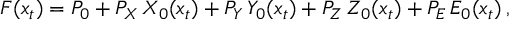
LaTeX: F ( x _ { t } ) = P _ { 0 } + P _ { X } \, X _ { 0 } ( x _ { t } ) + P _ { Y } \, Y _ { 0 } ( x _ { t } ) + P _ { Z } \, Z _ { 0 } ( x _ { t } ) + P _ { E } \, E _ { 0 } ( x _ { t } ) \, ,